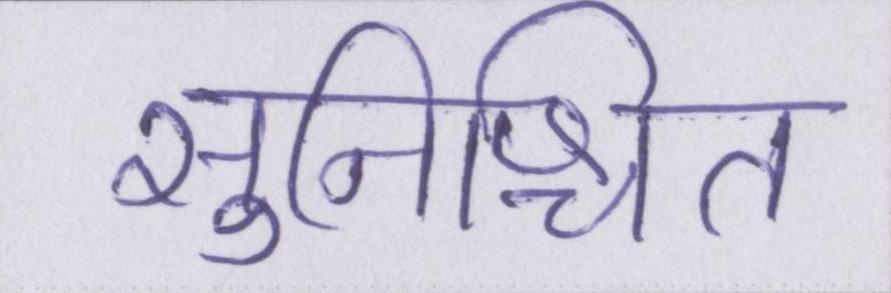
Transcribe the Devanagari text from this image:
सुनिश्चित